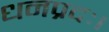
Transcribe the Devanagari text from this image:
धनप्रदः।